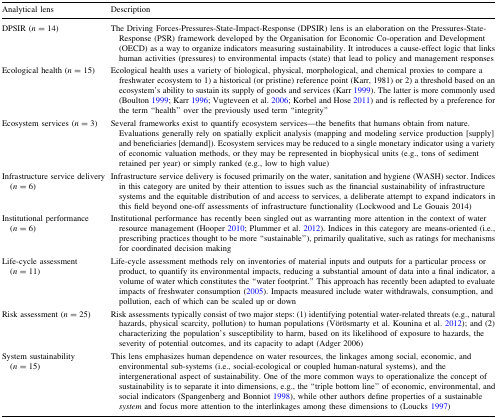
<table><thead><tr><td><b>Analytical lens</b></td><td><b>Description</b></td></tr></thead><tbody><tr><td>DPSIR (<i>n</i> = 14)</td><td>The Driving Forces-Pressures-State-Impact-Response (DPSIR) lens is an elaboration on the Pressures-State-Response (PSR) framework developed by the Organisation for Economic Co-operation and Development (OECD) as a way to organize indicators measuring sustainability. It introduces a cause-effect logic that links human activities (pressures) to environmental impacts (state) that lead to policy and management responses</td></tr><tr><td>Ecological health (<i>n</i> = 15)</td><td>Ecological health uses a variety of biological, physical, morphological, and chemical proxies to compare a freshwater ecosystem to 1) a historical (or pristine) reference point (Karr, 1981) or 2) a threshold based on an ecosystem’s ability to sustain its supply of goods and services (Karr 1999). The latter is more commonly used (Boulton 1999; Karr 1996; Vugteveen et al. 2006; Korbel and Hose 2011) and is reflected by a preference for the term “health” over the previously used term “integrity”</td></tr><tr><td>Ecosystem services (<i>n</i> = 3)</td><td>Several frameworks exist to quantify ecosystem services—the benefits that humans obtain from nature. Evaluations generally rely on spatially explicit analysis (mapping and modeling service production [supply] and beneficiaries [demand]). Ecosystem services may be reduced to a single monetary indicator using a variety of economic valuation methods, or they may be represented in biophysical units (e.g., tons of sediment retained per year) or simply ranked (e.g., low to high value)</td></tr><tr><td>Infrastructure service delivery (<i>n</i> = 6)</td><td>Infrastructure service delivery is focused primarily on the water, sanitation and hygiene (WASH) sector. Indices in this category are united by their attention to issues such as the financial sustainability of infrastructure systems and the equitable distribution of and access to services, a deliberate attempt to expand indicators in this field beyond one-off assessments of infrastructure functionality (Lockwood and Le Gouais 2014)</td></tr><tr><td>Institutional performance (<i>n</i> = 6)</td><td>Institutional performance has recently been singled out as warranting more attention in the context of water resource management (Hooper 2010; Plummer et al. 2012). Indices in this category are means-oriented (i.e., prescribing practices thought to be more “sustainable”), primarily qualitative, such as ratings for mechanisms for coordinated decision making</td></tr><tr><td>Life-cycle assessment (<i>n</i> = 11)</td><td>Life-cycle assessment methods rely on inventories of material inputs and outputs for a particular process or product, to quantify its environmental impacts, reducing a substantial amount of data into a final indicator, a volume of water which constitutes the “water footprint.” This approach has recently been adapted to evaluate impacts of freshwater consumption (2005). Impacts measured include water withdrawals, consumption, and pollution, each of which can be scaled up or down</td></tr><tr><td>Risk assessment (<i>n</i> = 25)</td><td>Risk assessments typically consist of two major steps: (1) identifying potential water-related threats (e.g., natural hazards, physical scarcity, pollution) to human populations (Vörösmarty et al. Kounina et al. 2012); and (2) characterizing the population’s susceptibility to harm, based on its likelihood of exposure to hazards, the severity of potential outcomes, and its capacity to adapt (Adger 2006)</td></tr><tr><td>System sustainability (<i>n</i> = 15)</td><td>This lens emphasizes human dependence on water resources, the linkages among social, economic, and environmental sub-systems (i.e., social-ecological or coupled human-natural systems), and the intergenerational aspect of sustainability. One of the more common ways to operationalize the concept of sustainability is to separate it into dimensions, e.g., the “triple bottom line” of economic, environmental, and social indicators (Spangenberg and Bonniot 1998), while other authors define properties of a sustainable <i>system</i> and focus more attention to the interlinkages among these dimensions to (Loucks 1997)</td></tr></tbody></table>